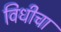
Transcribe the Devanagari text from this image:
विधीचा